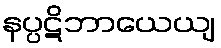
နပ္ပဋိဘာယေယျ